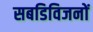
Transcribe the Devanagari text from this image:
सबडिविजनों